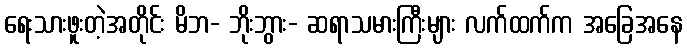
ရေးသားဖူးတဲ့အတိုင်း မိဘ- ဘိုးဘွား- ဆရာသမားကြီးများ လက်ထက်က အခြေအနေ